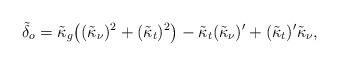
LaTeX: \begin{align*}\tilde\delta_o&= \tilde\kappa_g\big((\tilde\kappa_\nu)^2+(\tilde\kappa_t)^2\big) -\tilde\kappa_t(\tilde\kappa_\nu)'+(\tilde\kappa_t)'\tilde\kappa_\nu,\end{align*}